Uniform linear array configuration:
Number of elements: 64
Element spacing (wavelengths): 0.75
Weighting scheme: kaiser
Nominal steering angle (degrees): -60
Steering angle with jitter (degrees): -59.79
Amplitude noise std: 0.05
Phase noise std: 0.05

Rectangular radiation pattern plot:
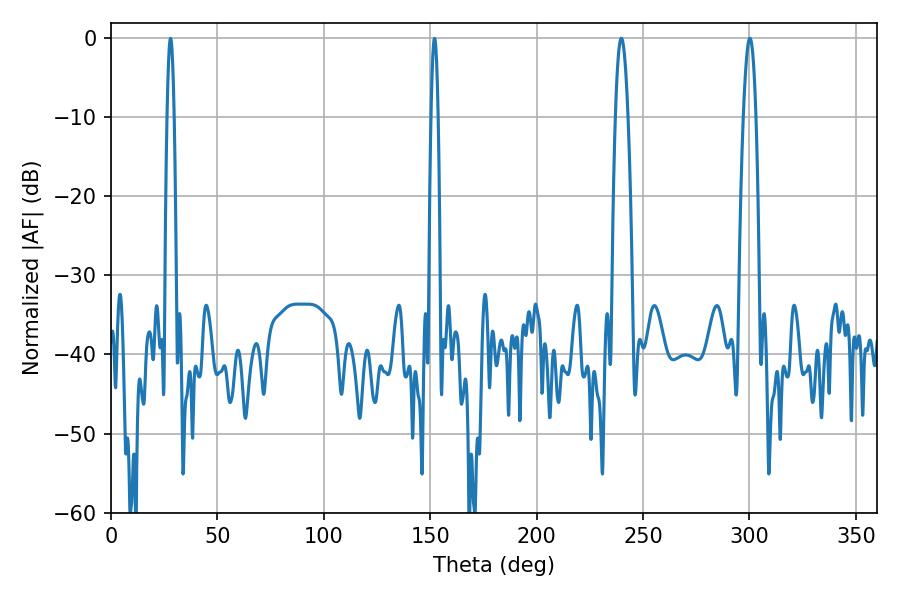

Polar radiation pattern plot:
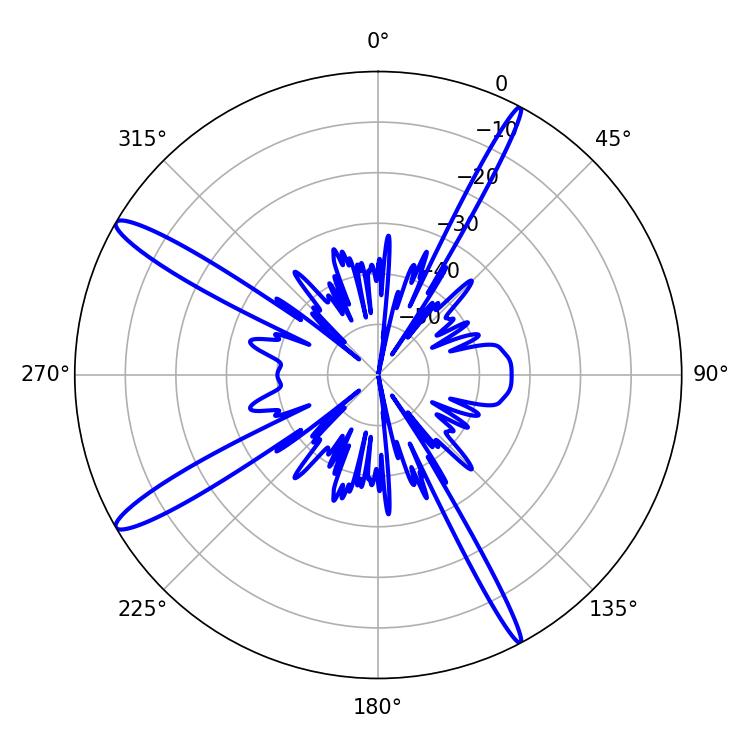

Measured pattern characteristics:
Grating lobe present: TRUE
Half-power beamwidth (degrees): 3.06
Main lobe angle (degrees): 300.24